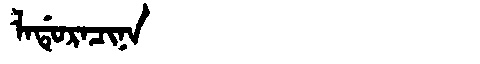
Manchu: ᠯᠠᡩᡠᡵᠠᠴᡳᠨᠠ
Romanization: LADURACINA